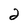
Character: 2